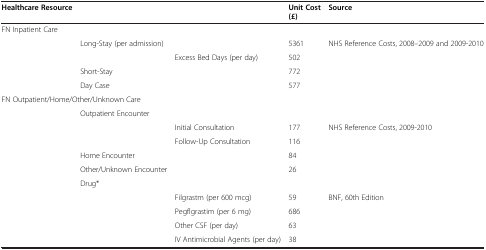
| Healthcare Resource |  |  | Unit Cost (£) | Source |
 | --- | --- | --- | --- | --- |
 | <COLSPAN=5> FN Inpatient Care |
 |  | Long-Stay (per admission) |  | 5361 | NHS Reference Costs, 2008–2009 and 2009-2010 |
 |  |  | Excess Bed Days (per day) | 502 |  |
 |  | Short-Stay |  | 772 |  |
 |  | Day Case |  | 577 |  |
 | <COLSPAN=5> FN Outpatient/Home/Other/Unknown Care |
 |  | <COLSPAN=4> Outpatient Encounter |
 |  |  | Initial Consultation | 177 | NHS Reference Costs, 2009-2010 |
 |  |  | Follow-Up Consultation | 116 |  |
 |  | Home Encounter |  | 84 |  |
 |  | Other/Unknown Encounter |  | 26 |  |
 |  | <COLSPAN=4> Drug* |
 |  |  | Filgrastm (per 600 mcg) | 59 | <ROWSPAN=3> BNF, 60th Edition |
 |  |  | Pegflgrastim (per 6 mg) | 686 |
 |  |  | Other CSF (per day) | 63 |
 |  |  | IV Antimicrobial Agents (per day) | 38 |  |